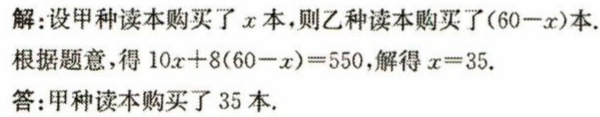
解:设甲种读本购买了\(x\)本，则乙种读本购买了\((60 - x)\)本.

根据题意，得\(10x + 8(60 - x) = 550\)，解得\(x = 35\).

答:甲种读本购买了\(35\)本.